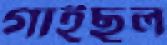
গাইছুল